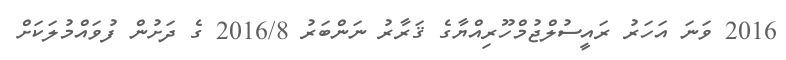
2016 ވަނަ އަހަރު ރައީސުލްޖުމްހޫރިއްޔާގެ ޤަރާރު ނަންބަރު 2016/8 ގެ ދަށުން ފުވައްމުލަކަށް